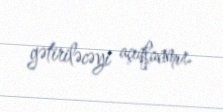
gətiriləcəyi açıqlanmır.